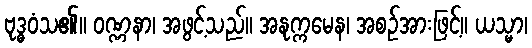
ဗုဒ္ဓဝံသ၏။ ဝဏ္ဏနာ၊ အဖွင့်သည်။ အနုက္ကမေန၊ အစဉ်အားဖြင့်။ ယသ္မာ၊